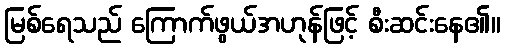
မြစ်ရေသည် ကြောက်ဖွယ်အဟုန်ဖြင့် စီးဆင်းနေ၏။